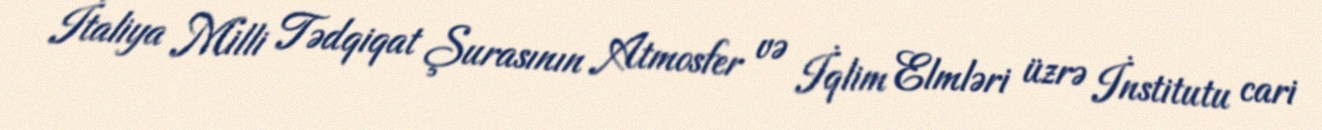
İtaliya Milli Tədqiqat Şurasının Atmosfer və İqlim Elmləri üzrə İnstitutu cari